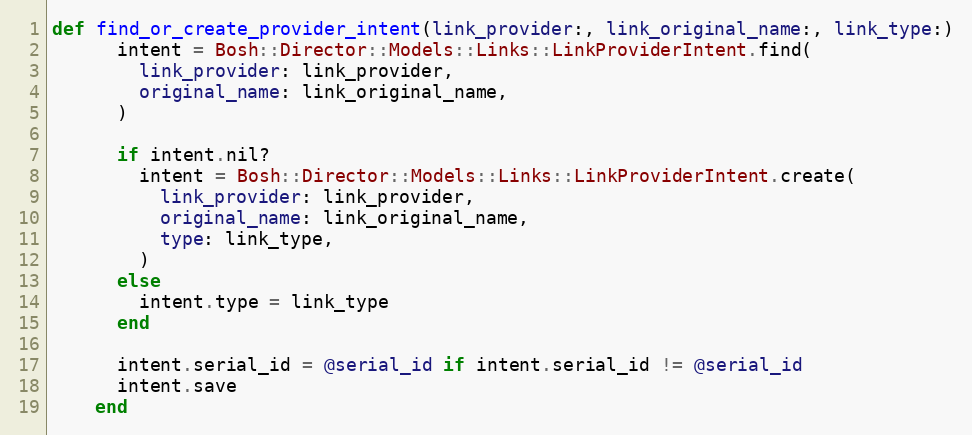
Language: Ruby
def find_or_create_provider_intent(link_provider:, link_original_name:, link_type:)
      intent = Bosh::Director::Models::Links::LinkProviderIntent.find(
        link_provider: link_provider,
        original_name: link_original_name,
      )

      if intent.nil?
        intent = Bosh::Director::Models::Links::LinkProviderIntent.create(
          link_provider: link_provider,
          original_name: link_original_name,
          type: link_type,
        )
      else
        intent.type = link_type
      end

      intent.serial_id = @serial_id if intent.serial_id != @serial_id
      intent.save
    end